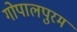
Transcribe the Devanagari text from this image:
गोपालपुरम